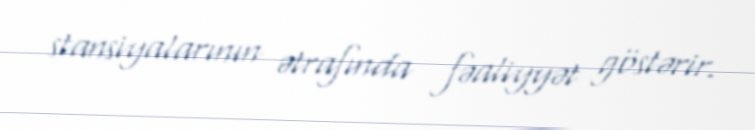
stansiyalarının ətrafında fəaliyyət göstərir.